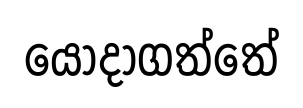
යොදාගත්තේ